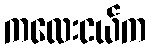
ကလေးငယ်က